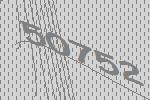
50752